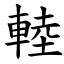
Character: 䡜